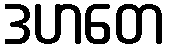
ဒဟတေ